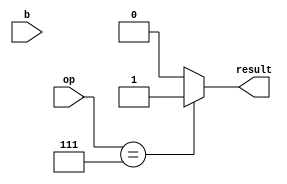
`timescale 1ns / 1ps

`define SETB  4'h7
`define CLR   4'h8

module clrSet(op, b, result);
    input [3:0] op;
    input b;
    output wire result;
    
    assign result = (op == `SETB)? b|1'b1 :(op == `CLR)? b&1'b0 : 8'h00; 
    
endmodule